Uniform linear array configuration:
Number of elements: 48
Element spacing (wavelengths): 0.25
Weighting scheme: uniform
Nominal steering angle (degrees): -30
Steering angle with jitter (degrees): -28.843
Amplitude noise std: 0.05
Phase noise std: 0.05

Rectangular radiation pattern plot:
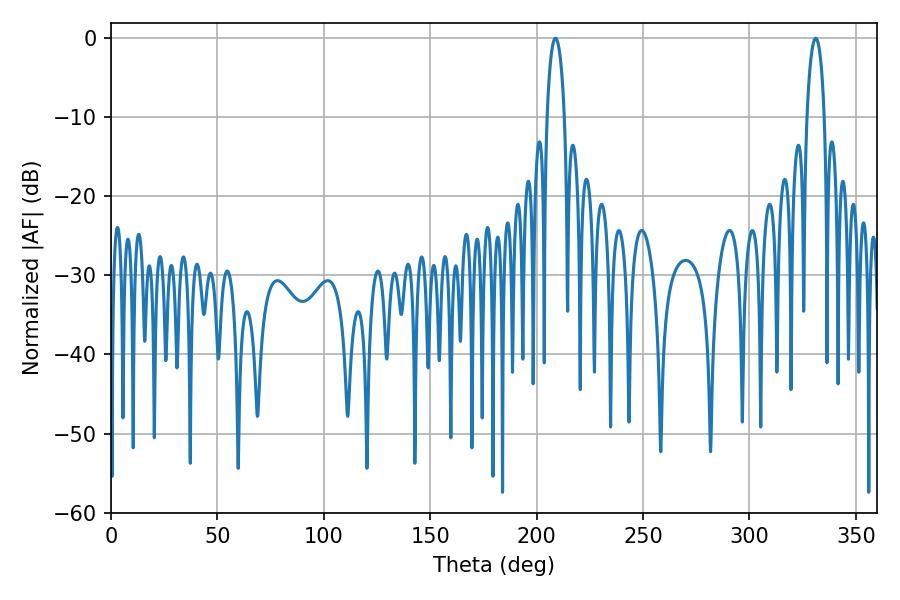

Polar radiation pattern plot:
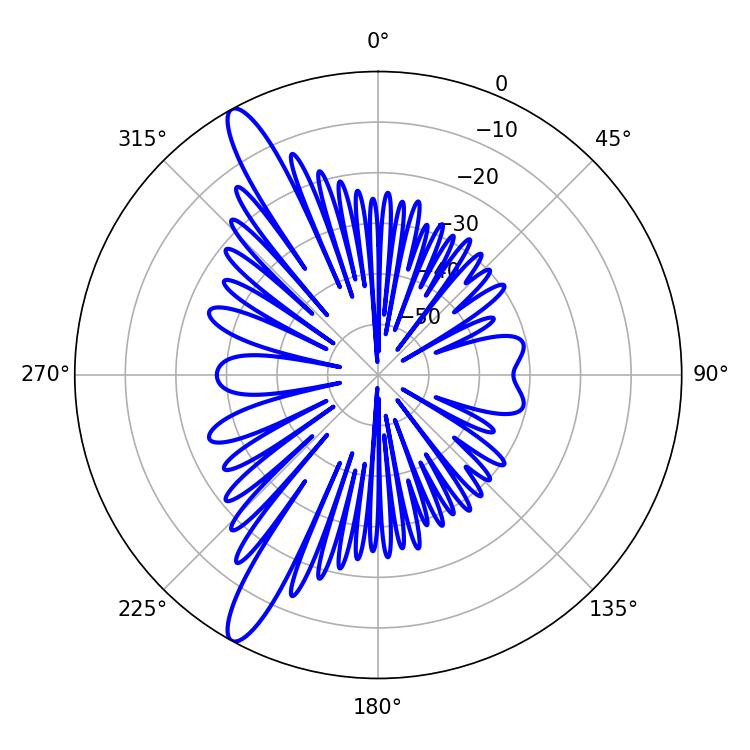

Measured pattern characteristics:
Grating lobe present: FALSE
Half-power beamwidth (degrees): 4.5
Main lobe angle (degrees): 208.8